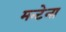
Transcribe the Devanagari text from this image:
मन्टेना